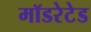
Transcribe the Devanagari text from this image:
मॉडरेटेड